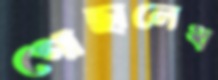
গোছালেথ